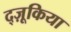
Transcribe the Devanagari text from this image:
द्ज़ूकिया